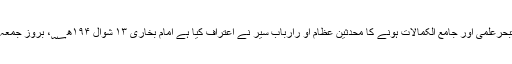
ان کے علم و فضل، تبحرعلمی اور جامع الکمالات ہونے کا محدثین عظام او رارباب ِسیر نے اعتراف کیا ہے امام بخاری ۱۳ شوال ۱۹۴ھ؁، بروز جمعہ بخارا میں پیدا ہوئے۔